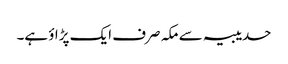
حدیبیہ سے مکہ صرف ایک پڑاؤ ہے۔